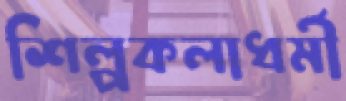
শিল্পকলাধর্মী